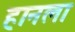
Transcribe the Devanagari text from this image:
हानला